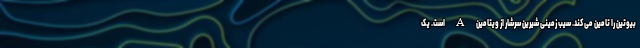
بیوتین را تامین می کند. سیب زمینی شیرین سرشار از ویتامین A است. یک